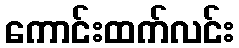
ကောင်းထက်လင်း